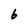
Character: 6